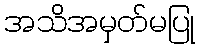
အသိအမှတ်မပြု